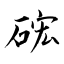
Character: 硡